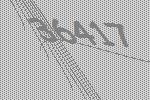
36417